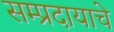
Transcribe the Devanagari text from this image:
सम्प्रदायाचे